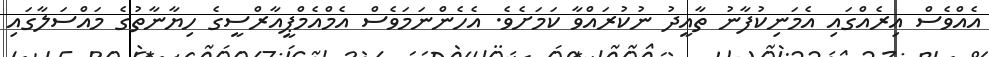
އެއްވެސް އިރެއްގައި އެމަނިކުފާނު ތާއީދު ނުކުރައްވާ ކަމަށެވެ. އެހެންނަމަވެސް އެމްއެމްޕީއާރްސީގެ ހިޔާނާތުގެ މައްސަލާގައި